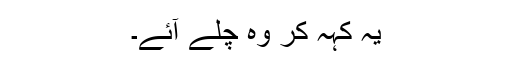
یہ کہہ کر وہ چلے آئے۔